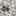
عن